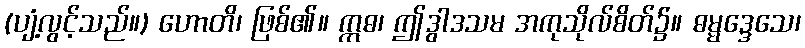
(ပျံ့လွင့်သည်။) ဟောတိ၊ ဖြစ်၏။ ဣဓ၊ ဤဒွါဒသမ အကုသိုလ်စိတ်၌။ ဓမ္မဒ္ဒေသေ၊